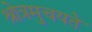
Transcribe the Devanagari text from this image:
श्रोत्रमुचयते